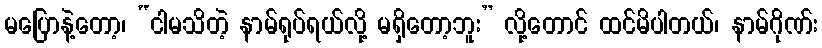
မပြောနဲ့တော့၊ “ငါမသိတဲ့ နာမ်ရုပ်ရယ်လို့ မရှိတော့ဘူး” လို့တောင် ထင်မိပါတယ်၊ နာမ်ဂိုဏ်း